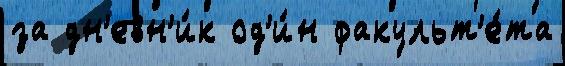
за дн'евн'и́к од'и́н факульт'е́та